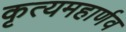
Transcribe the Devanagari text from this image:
कृत्यमहार्णव